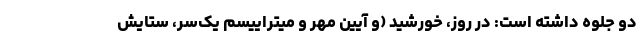
دو جلوه داشته است: در روز، خورشید (و آیین مهر و میتراییسم یک‌سر، ستایش